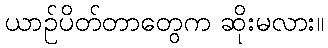
ယာဉ်ပိတ်တာတွေက ဆိုးမလား။